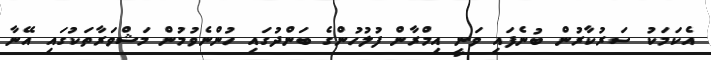
އެކަމަކު ސަރުކާރުން ބުނެފައި ވަނީ އިމްރާން ފުލުހުންގެ ބަންދުގައި ހުންނެވުމުން މަޝްވަރާތަކުގައި އޭނާ